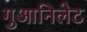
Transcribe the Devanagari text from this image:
गुआनिलेट